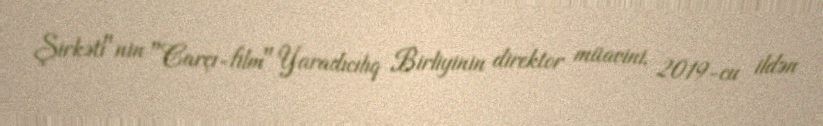
Şirkəti"nin "Carçı-film" Yaradıcılıq Birliyinin direktor müavini, 2019-cu ildən